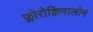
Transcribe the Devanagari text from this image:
फ्लोरोक्विनालोन